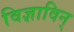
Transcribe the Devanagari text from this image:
विज्ञाविन्